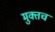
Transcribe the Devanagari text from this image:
मुक्तच